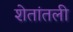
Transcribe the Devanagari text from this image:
शेतांतली